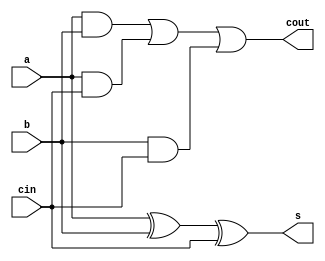
module addbit (a, b, cin, cout, s);

    input a, b, cin; // input 1, 2, and carry in
    output s, cout; // output and carry out

    wire Dab, Dac, Dbc; // for calculating carry out

    xor(s, a, b, cin); // calculate output
    and(Dab, a, b);
    and(Dac, a, cin);
    and(Dbc, b, cin);
    or(cout, Dab, Dac, Dbc);

endmodule